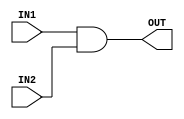
module and_gate(input IN1,input IN2,output OUT);

assign OUT= IN1 & IN2;

endmodule